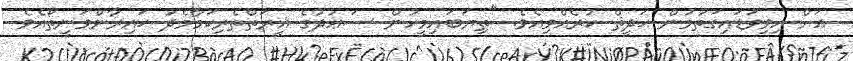
އަށް އިވިވަޑައިގަތުމުން ޙަދީޘް ކުރެއްވިއެވެ. "ތިޔަބައިމީހުން ސަޢުދުގެ ޣީރަތްތެރިކަމާމެދު ޙައިރާންވަނީތޯއެވެ